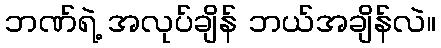
ဘဏ်ရဲ့ အလုပ်ချိန် ဘယ်အချိန်လဲ။